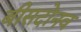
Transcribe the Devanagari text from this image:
बीसदोनव